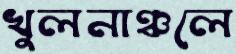
খুলনাঞ্চলে